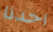
احدنا